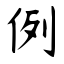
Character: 例